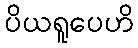
ပိယရူပေဟိ